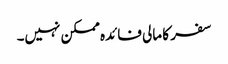
سفر کا مالی فائدہ ممکن نہیں۔